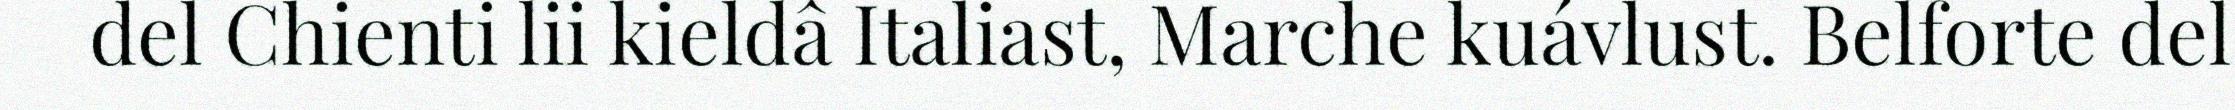
del Chienti lii kieldâ Italiast, Marche kuávlust. Belforte del